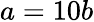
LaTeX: a=10b